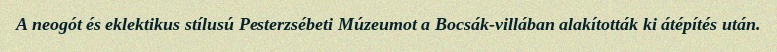
A neogót és eklektikus stílusú Pesterzsébeti Múzeumot a Bocsák-villában alakították ki átépítés után.